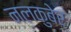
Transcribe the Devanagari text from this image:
नलकुबेर